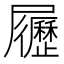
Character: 𡳸